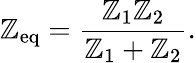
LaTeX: \mathbb{Z}_{\mathrm{{eq}}}={\frac{{\mathbb{Z}_{1}\mathbb{Z}_{2}}}{{\mathbb{Z}_{1}+\mathbb{Z}_{2}}}}.